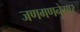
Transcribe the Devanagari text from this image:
जणगणनेुसार